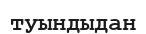
туындыдан